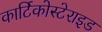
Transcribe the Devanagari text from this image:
कार्टिकोस्टेराइड